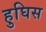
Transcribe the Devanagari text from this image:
हुघिस